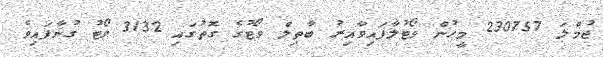
ޖުމްލަ 230757 މީހުން ވޯޓުލާފައިވާއިރު ބާތިލް ވޯޓުގެ ގޮތުގައި 3132 ވޯޓު ގުނާފައިވެ